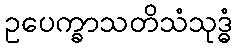
ဥပေက္ခာသတိသံသုဒ္ဓံ